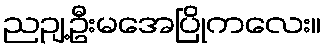
ညဉျ့ဦးမအေပြိုကလေး။